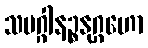
သမဂ္ဂါနဉ္စနုဂ္ဂဟော